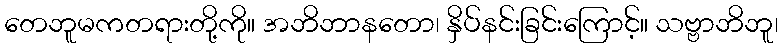
တေဘူမကတရားတို့ကို။ အဘိဘာနတော၊ နှိပ်နင်းခြင်းကြောင့်။ သဗ္ဗာဘိဘူ၊